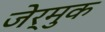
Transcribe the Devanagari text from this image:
जेर्मुक